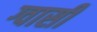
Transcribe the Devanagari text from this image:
ग्वासी